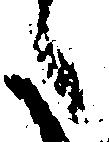
々